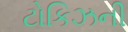
ટોકિઝની